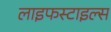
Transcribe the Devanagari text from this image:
लाइफस्टाइल्स